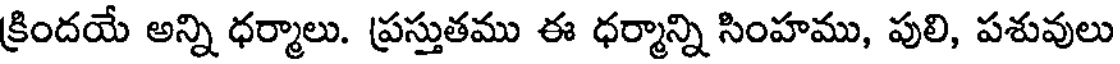
క్రిందయే అన్ని ధర్మాలు. ప్రస్తుతము ఈ ధర్మాన్ని సింహము, పులి, పశువులు